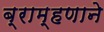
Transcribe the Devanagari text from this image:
ब्राम्हणाने